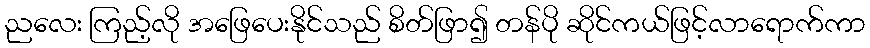
ညလေး ကြည့်လို အဖြေပေးနိုင်သည် စိတ်ဖြာ၍ တန်ပို ဆိုင်ကယ်ဖြင့်လာရောက်ကာ